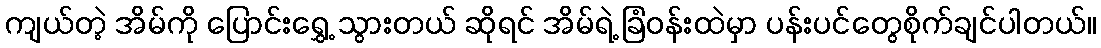
ကျယ်တဲ့ အိမ်ကို ပြောင်းရွှေ့ သွားတယ် ဆိုရင် အိမ်ရဲ့ ခြံဝန်းထဲမှာ ပန်းပင်တွေစိုက်ချင်ပါတယ်။